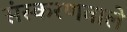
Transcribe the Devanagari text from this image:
संस्करणवाले